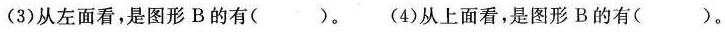
(3)从左面看，是图形B的有（）。(4)从上面看，是图形B的有（）。